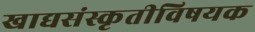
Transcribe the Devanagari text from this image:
खाद्यसंस्कृतीविषयक